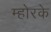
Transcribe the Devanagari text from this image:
म्होरके